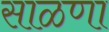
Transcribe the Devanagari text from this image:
साळणा